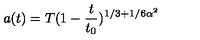
a ( t ) = T ( 1 - \frac { t } { t _ { 0 } } ) ^ { 1 / 3 + 1 / 6 \alpha ^ { 2 } }